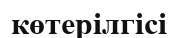
көтерілгісі